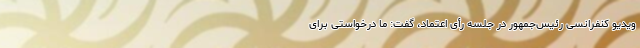
ویدیو کنفرانسی رئیس‌جمهور در جلسه رأی اعتماد، گفت: ما درخواستی برای